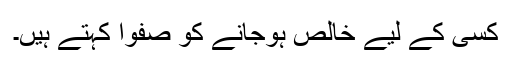
کسی کے لیے خالص ہوجانے کو صفوًا کہتے ہیں۔